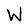
Character: W